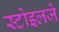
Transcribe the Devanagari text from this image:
स्टोइलजे